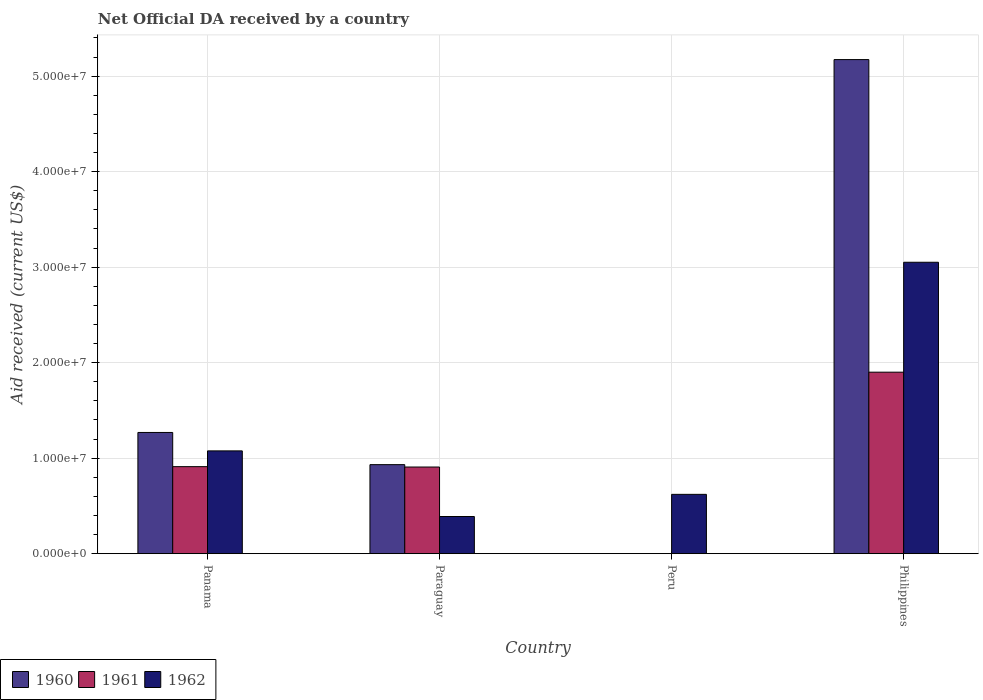
| Country | 1960 | 1961 | 1962 |
 | --- | --- | --- | --- |
 | Panama | 1.27e+07 | 9.11e+06 | 1.08e+07 |
 | Paraguay | 9.32e+06 | 9.07e+06 | 3.89e+06 |
 | Peru | -1.18e+07 | -2.04e+07 | 6.21e+06 |
 | Philippines | 5.17e+07 | 1.9e+07 | 3.05e+07 |